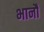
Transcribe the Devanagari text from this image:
भानौ